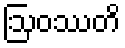
ဩဝဿတိ